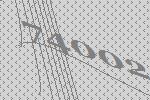
74002